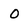
Character: O